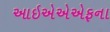
આઇએએએફના